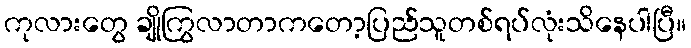
ကုလားတွေ ချိုကြွလာတာကတော့ပြည်သူတစ်ရပ်လုံးသိနေပါပြီ။